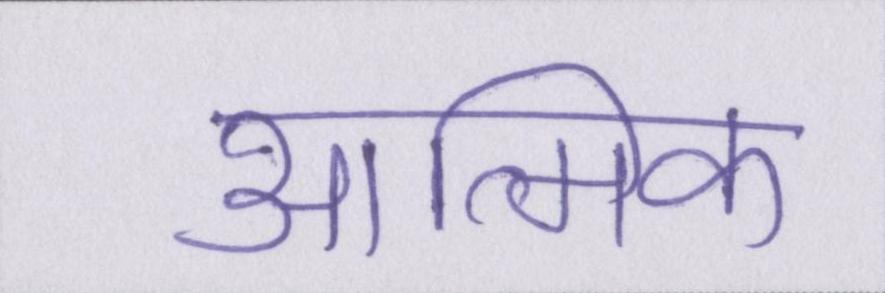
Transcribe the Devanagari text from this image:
आत्मिक